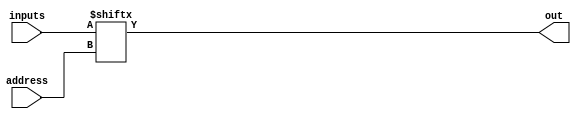
module mux2to1
(
	output		out,
	input 		address,
	input[1:0] 	inputs
);

	assign out = inputs[address];
	
endmodule


module muxNby2to1
#(parameter width = 16)
(
	output [width-1:0] out,
	input address,
	input [width-1:0] inputs0, inputs1
	);
wire [width-1:0] inputs[1:0];
assign inputs[1] = inputs1;
assign inputs[0] = inputs0;

assign out = inputs[address];

endmodule